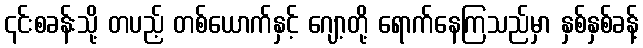
၎င်းစခန်းသို့ တပည့် တစ်ယောက်နှင့် ဂျော့တို့ ရောက်နေကြသည်မှာ နှစ်နှစ်ခန့်